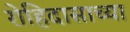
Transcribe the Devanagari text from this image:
रोहिदासाच्या